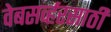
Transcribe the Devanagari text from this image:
वेबसर्व्हरसाठी